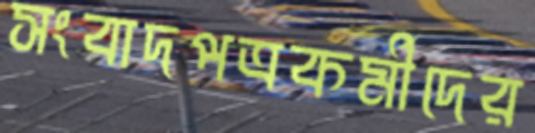
সংবাদপত্রকর্মীদের